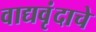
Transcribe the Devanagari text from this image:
वाद्यवृंदाचे